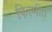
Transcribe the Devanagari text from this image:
फिल्मीत